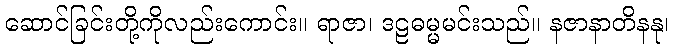
ဆောင်ခြင်းတို့ကိုလည်းကောင်း။ ရာဇာ၊ ဒဠဓမ္မမင်းသည်။ နဇာနာတိနနု၊